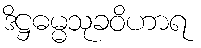
ဒိဋ္ဌဓမ္မသုခဝိဟာရ